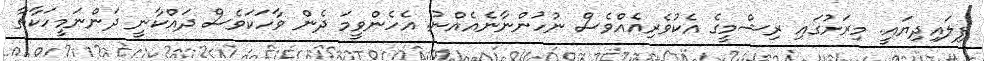
ފިލައިދިޔައީ. މިރަށުގައި ރިޝްމީގެ އެކުވެރިއެއްވެސް ނުހުންނާނެއެއްނު. އެހެންވީމަ ދެން ވާހަކަވެސް ދައްކާނީ ދަންނަމީހަކާތާ